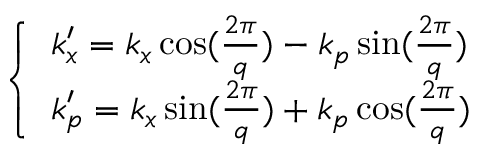
\begin{array} { r } { \left\{ \begin{array} { l l l } { k _ { x } ^ { \prime } = k _ { x } \cos ( \frac { 2 \pi } { q } ) - k _ { p } \sin ( \frac { 2 \pi } { q } ) } \\ { k _ { p } ^ { \prime } = k _ { x } \sin ( \frac { 2 \pi } { q } ) + k _ { p } \cos ( \frac { 2 \pi } { q } ) } \end{array} \right. } \end{array}